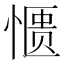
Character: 𫺹